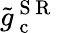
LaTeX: \tilde{g}_{\mathrm{~c~}}^{\mathrm{~S~R~}}